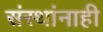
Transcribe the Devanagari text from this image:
संस्थांनाही